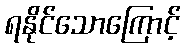
ရနိုင်သောကြောင့်